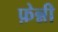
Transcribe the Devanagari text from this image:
फ़ेन्नी